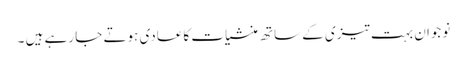
نوجوان بہت تیزی کے ساتھ منشیات کاعادی ہوتے جا رہے ہیں ۔